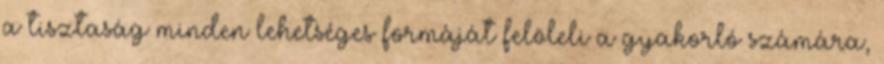
a tisztaság minden lehetséges formáját felöleli a gyakorló számára,